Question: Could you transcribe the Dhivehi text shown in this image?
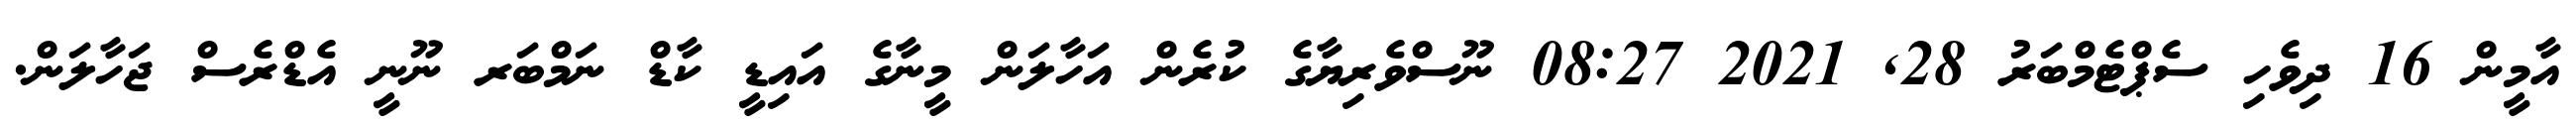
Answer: އާމީން 16 ދިވެހި ސެޕްޓެމްބަރު 28, 2021 08:27 ނޫސްވެރިޔާގެ ކުރެން އަހާލަން މީނާގެ އައިޑީ ކާޑް ނަމްބަރ ނޫނީ އެޑްރެސް ޖަހާލަން.